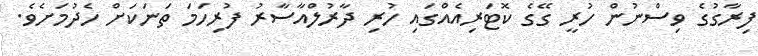
ފިރާގުގެ ވިސްނުން ހުރީ ގޭގެ ކޮޓަރިއެއްގައި ހުރި ދާރުލްއާސާރު ފުރިހަމަ ތަނަކަށް ހެދުމަށެވެ.